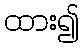
ထား၍